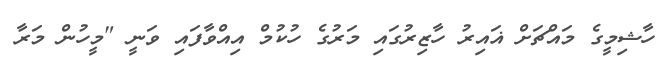
ހާޝިމީގެ މައްޗަށް ޣައިރު ހާޒިރުގައި މަރުގެ ހުކުމް އިއްވާފައި ވަނީ "މީހުން މަރާ